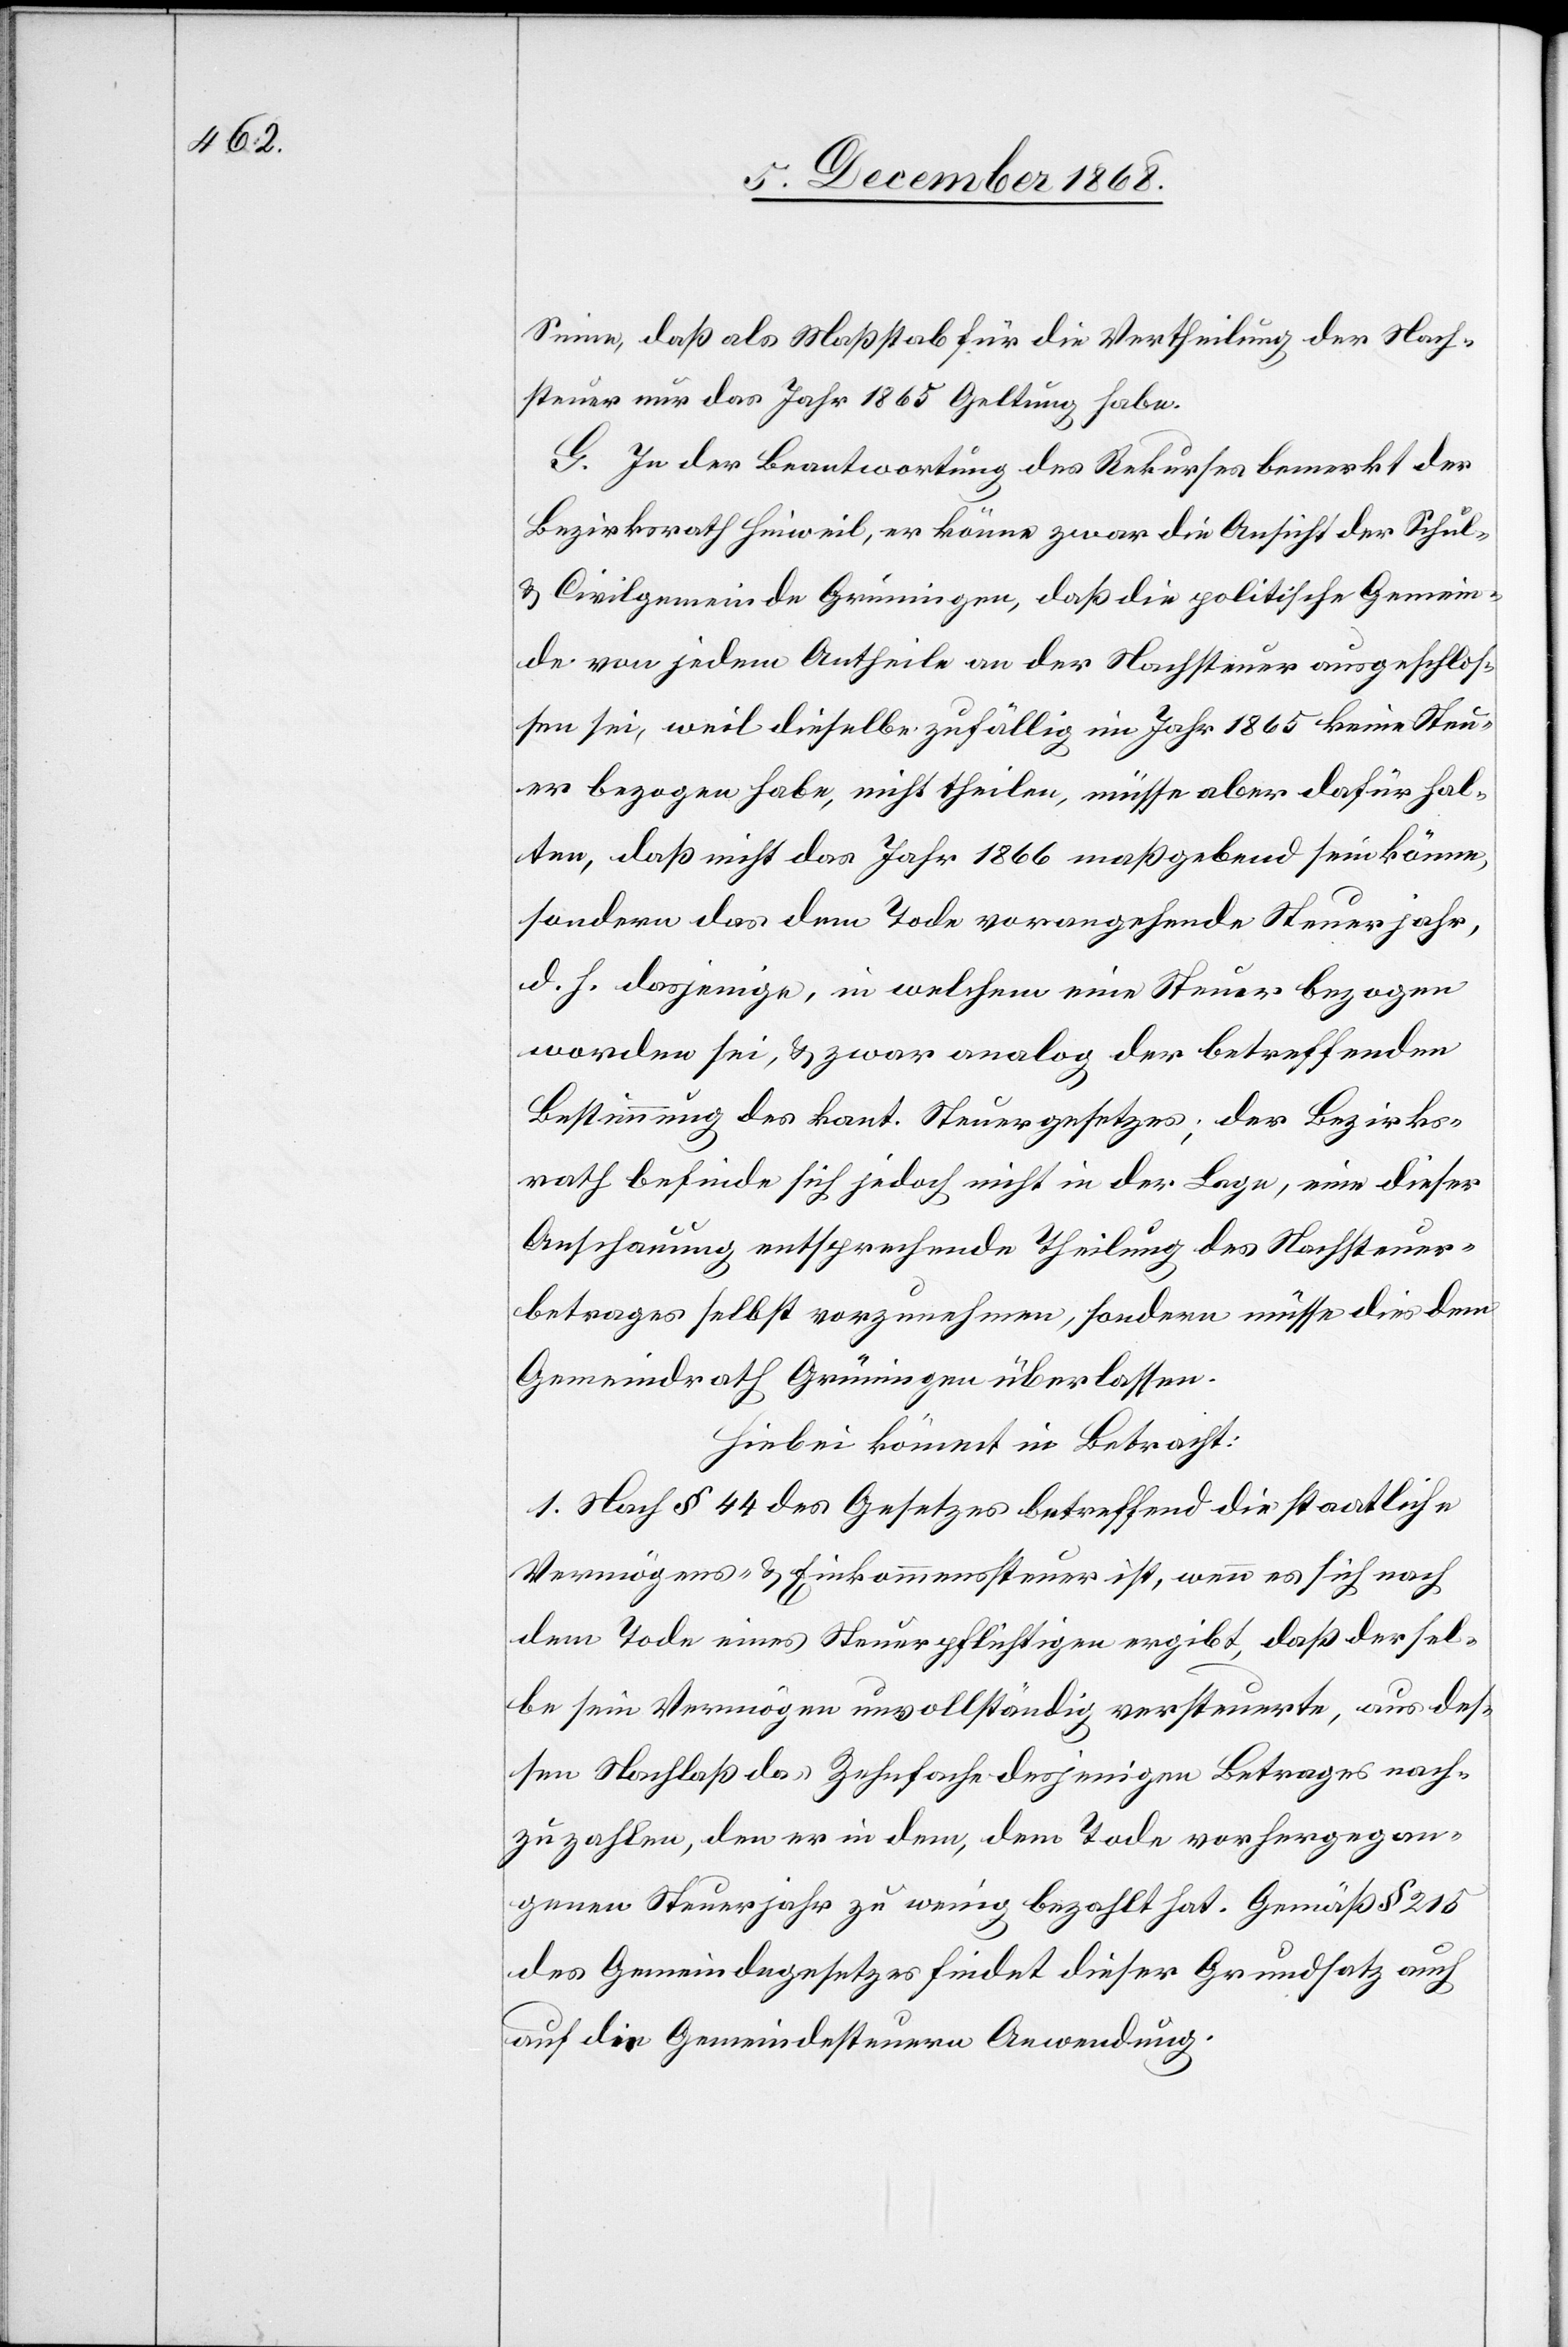
Sinne, daß als Maßstab für die Vertheilung der Nach¬
steuer nur das Jahr 1865 Geltung habe.
G. In der Beantwortung des Rekurses bemerkt der
Bezirksrath Hinweil, er könne zwar die Ansicht der Schul-
& Civilgemeinde Grüningen, daß die politische Gemein¬
de von jedem Antheile an der Nachsteuer ausgeschlos¬
sen sei, weil dieselbe zufällig im Jahr 1865 keine Steu¬
er bezogen habe, nicht theilen, müsse aber dafür hal¬
ten, daß nicht das Jahr 1866 maßgebend sein könne,
sondern das dem Tode vorangehende Steuerjahr,
d. h. dasjenige, in welchem eine Steuer bezogen
worden sei, & zwar analog der betreffenden
Bestimmung des kant. Steuergesetzes; der Bezirks¬
rath befinde sich jedoch nicht in der Lage, eine dieser
Anschauung entsprechende Theilung des Nachsteuer¬
betrages selbst vorzunehmen, sondern müsse dies dem
Gemeindrath Grüningen überlassen.
Hiebei kömmt in Betracht:
1. Nach § 44 des Gesetzes betreffend die staatliche
Vermögens- & Einkommenssteuer ist, wenn es sich nach
dem Tode eines Steuerpflichtigen ergibt, daß dersel¬
be sein Vermögen unvollständig versteuerte, aus des¬
sen Nachlaß das Zehnfache desjenigen Betrages nach¬
zuzahlen, den er in dem, dem Tode vorhergegan¬
genen Steuerjahr zu wenig bezahlt hat. Gemäß § 215
des Gemeindegesetzes findet dieser Grundsatz auch
auf die Gemeindesteuern Anwendung.